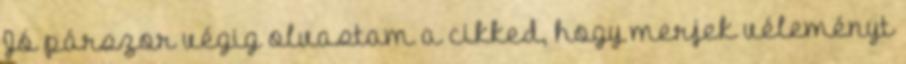
Jó párszor végig olvastam a cikked, hogy merjek véleményt